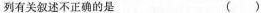
列有关叙述不正确的是 ()